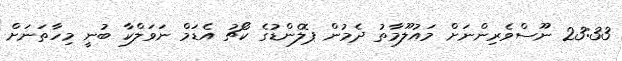
23:33 ނޫސްވެރިންނަށް މައުލޫމާތު ދެމުން ޕޮލެންޑުގެ ކޯޗު އެޑަމް ނަވަލްކާ ބުނީ މިހާތަނަށް